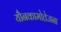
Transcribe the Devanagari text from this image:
यौनकामोत्तेजना